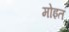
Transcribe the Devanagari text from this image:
मोइत